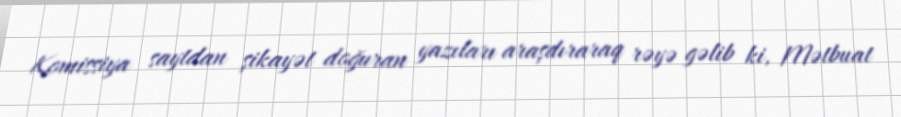
Komissiya saytdan şikayət doğuran yazıları araşdıraraq rəyə gəlib ki, Mətbuat